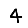
Digit: 4